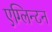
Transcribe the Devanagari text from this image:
एग्लिन्टन